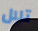
تلال